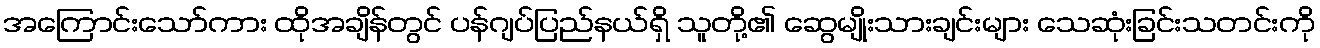
အကြောင်းသော်ကား ထိုအချိန်တွင် ပန်ဂျပ်ပြည်နယ်ရှိ သူတို့၏ ဆွေမျိုးသားချင်းများ သေဆုံးခြင်းသတင်းကို